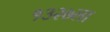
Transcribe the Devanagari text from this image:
१३२७ला